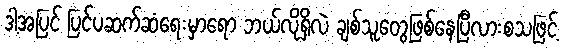
ဒါ့အပြင် ပြင်ပဆက်ဆံရေးမှာရော ဘယ်လိုရှိလဲ ချစ်သူတွေဖြစ်နေပြီလားစသဖြင့်